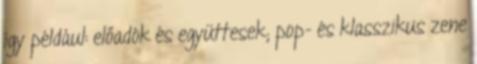
így például: előadók és együttesek; pop- és klasszikus zene